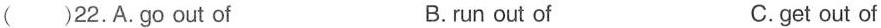
( )22.A.go out of B.run out of C.get out of